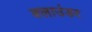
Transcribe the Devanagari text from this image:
क्लाउंडर